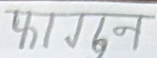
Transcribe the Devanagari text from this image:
फागुन